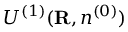
{ \cal U } ^ { ( 1 ) } ( { \bf R } , n ^ { ( 0 ) } )